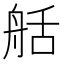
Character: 𦨯